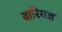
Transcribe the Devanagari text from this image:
वारियज्ञ